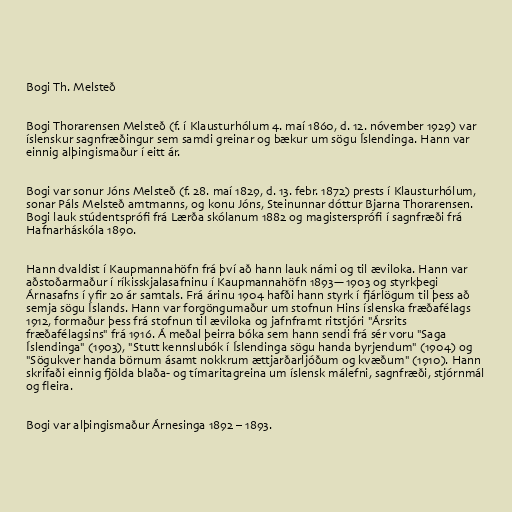
Bogi Th. Melsteð

Bogi Thorarensen Melsteð (f. í Klausturhólum 4. maí 1860, d. 12. nóvember 1929) var
íslenskur sagnfræðingur sem samdi greinar og bækur um sögu Íslendinga. Hann var
einnig alþingismaður í eitt ár.

Bogi var sonur Jóns Melsteð (f. 28. maí 1829, d. 13. febr. 1872) prests í Klausturhólum,
sonar Páls Melsteð amtmanns, og konu Jóns, Steinunnar dóttur Bjarna Thorarensen.
Bogi lauk stúdentsprófi frá Lærða skólanum 1882 og magistersprófi í sagnfræði frá
Hafnarháskóla 1890.

Hann dvaldist í Kaupmannahöfn frá því að hann lauk námi og til æviloka. Hann var
aðstoðarmaður í ríkisskjalasafninu í Kaupmannahöfn 1893—1903 og styrkþegi
Árnasafns í yfir 20 ár samtals. Frá árinu 1904 hafði hann styrk í fjárlögum til þess að
semja sögu Íslands. Hann var forgöngumaður um stofnun Hins íslenska fræðafélags
1912, formaður þess frá stofnun til æviloka og jafnframt ritstjóri "Ársrits
fræðafélagsins" frá 1916. Á meðal þeirra bóka sem hann sendi frá sér voru "Saga
Íslendinga" (1903), "Stutt kennslubók í Íslendinga sögu handa byrjendum" (1904) og
"Sögukver handa börnum ásamt nokkrum ættjarðarljóðum og kvæðum" (1910). Hann
skrifaði einnig fjölda blaða- og tímaritagreina um íslensk málefni, sagnfræði, stjórnmál
og fleira.

Bogi var alþingismaður Árnesinga 1892 – 1893.